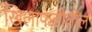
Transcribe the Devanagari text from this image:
खिलाफतीतील